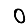
Digit: 0